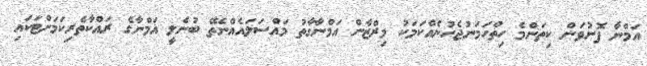
އަމްނާ ފޮނުވަން ކިތަންމެ ހިތްހަމަނުޖެހުނެއްކަމަކު މިރްޒާން އަމްނާގާތު މައްސަލައެއްނެތޭ ބުނެލީ އަމްނާގެ ރައްކާތެރިކަމަށްޓަކައި